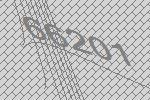
66201